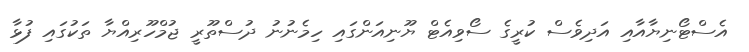
އެސްޓޯނިޔާއާއި އަދިވެސް ކުރީގެ ސޯވިއެޓް ޔޫނިއަންގައި ހިމެނުނު ދުސްތޫރީ ޖުމްހޫރިއްޔާ ތަކުގައި ފުޅާ